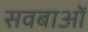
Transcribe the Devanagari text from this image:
सवबाओं